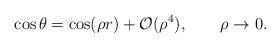
LaTeX: \begin{align*}\cos\theta=\cos(\rho r)+\mathcal O(\rho^4),\qquad\rho\to0.\end{align*}